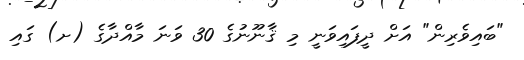
"ބައިވެރިން" އަށް ދީފައިވަނީ މި ޤާނޫނުގެ 30 ވަނަ މާއްދާގެ (ށ) ގައި